Annual report of the Bengal Veterinary College and of the Civil Veterinary Department, Bengal, for the year 1916-17 - 1916-1917
Year: 1916
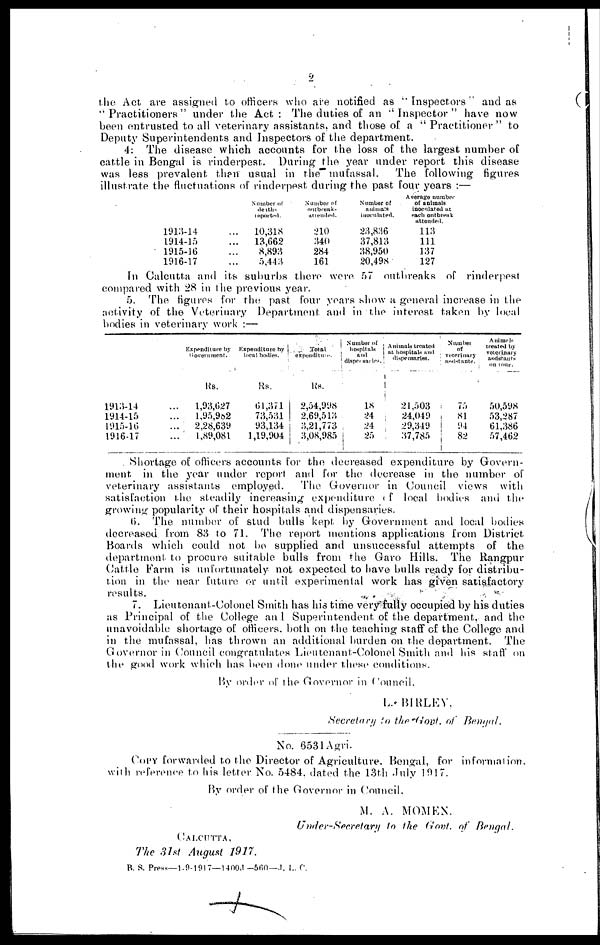
9
the Act are assigned to officers who are notified as "Inspectors" and as
"Practitioners" under the Act : The duties of an "Inspector" have now
been entrusted to all veterinary assistants, and those of a "Practitioner" to
Deputy Superintendents and Inspectors of the department.
4. The disease which accounts for the loss of the largest number of
cattle in Bengal is rinderpest. During the year under report this disease
was less prevalent thair usual in the mufassal.
The following figures
illustrate the fluctuations of rinderpest during the past four years :—
1913-14...
1914-15...
1915-16...
1916-17...
Number of
deaths
reported.
10,318
13,662
8,893
5,443
Number of
outbreaks
attended.
210
340
284
161
Number of
animals
inoculated.
23,836
37,813
38,950
20,498
Average number
of animals
inoculated at
each outbreak
attended. 113
111
137
127
In Calcutta and its suburbs there were 57 outbreaks of rinderpest
compared with 28 in the previous year.
5. The figures for the past four years show a general increase in the
activity of the Veterinary Department and in the interest taken by local
bodies in veterinary work :—
1913-14...
1914-15...
1915-16...
1916-17...
Expenditure by
Government.
Rs.
1,93,627
1,95,982
2,28,639
1,89,081
Expenditure by
local bodies.
Rs.
61,371
73,531
93,134
1,19,904
Total
expenditure.
Rs.
2,54,998
2,69,513
3,21,773
3,08,985
Number of
hospitals
and
dispensaries.
18
24
24
25
Animals treated
at hospitals and
dispensaries.
21,503
24,049
29,349
37,785
Number
of
veterinary
assistants.
75
81
94
82
Animals
treated by
veterinary
assistants
on tour.
50,598
53,287
61,386
57,462
Shortage of officers accounts for the decreased expenditure by Govern-
ment in the year under report and for the decrease in the number of
veterinary assistants employed. The Governor in Council views with
satisfaction the steadily increasing expenditure of local bodies and the
growing popularity of their hospitals and dispensaries.
6. The number of stud bulls kept by Government and local bodies
decreased from 83 to 71. The report mentions applications from District
Boards which could not be supplied and unsuccessful attempts of the
department to procure suitable bulls from the Garo Hills. The Rangpur
Cattle Farm is unfortunately not expected to have bulls ready for distribu-
tion in the near future or until experimental work has given satisfactory
results.
7. Lieutenant-Colonel Smith has his time very fully occupied by his duties
as Principal of the College and Superintendent of the department, and the
unavoidable shortage of officers, both on the teaching staff of the College and
in the mufassal, has thrown an additional burden on the department. The
Governor in Council congratulates Lieutenant-Colonel Smith and his staff on
the good work which has been done under these conditions.
By order of the Governor in Council.
L. BIRLEY.
Secretary to the Govt. of Bengal.
No. 6531 Agri.
COPY forwarded to the Director of Agriculture. Bengal, for information.
with reference to his letter No. 5484, dated the 13th July 1917.
By order of the Governor in Council,
M. A. MOMEN.
Under-Secretary to the Govt. of Bengal.
CALCUTTA,
The 31st August 1911.
B. S. Press—1-9-1917—1400J-560—J. L. C.